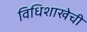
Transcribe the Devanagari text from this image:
विधिशाखेची